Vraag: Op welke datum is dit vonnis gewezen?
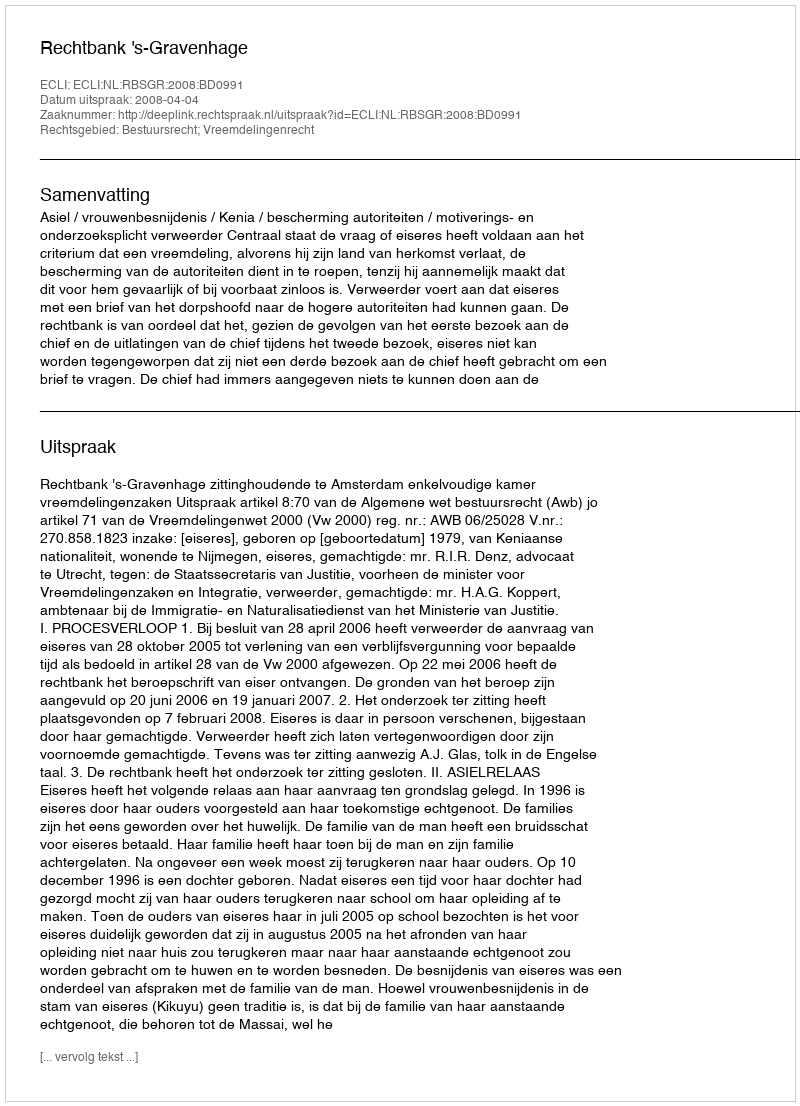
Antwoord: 2008-04-04